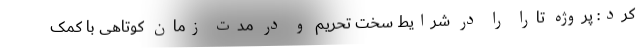
کرد: پروژه تارا را در شرایط سخت تحریم و در مدت زمان کوتاهی با کمک